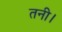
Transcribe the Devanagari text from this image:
तनी।